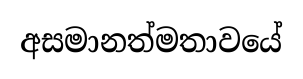
අසමානත්මතාවයේ